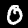
Label: 0